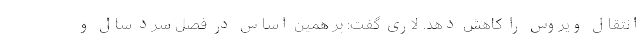
انتقال ویروس را کاهش دهد. لاری گفت: بر همین اساس در فصل سرد سال و